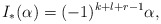
\begin{align*}I_*(\alpha) = (-1)^{k+l+r-1}\alpha,\end{align*}